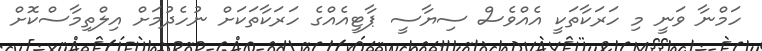
ހަމްނާ ވަނީ މި ހަރަކާތަކީ އެއްވެސް ސިޔާސީ ޕާޓީއެއްގެ ހަރަކާތަކަށް ނުހެދުމަށް އިލްތިމާސްކޮށް